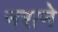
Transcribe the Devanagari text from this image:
नराने